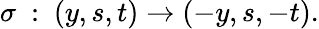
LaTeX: \sigma~:~(y,s,t)\rightarrow(-y,s,-t).